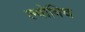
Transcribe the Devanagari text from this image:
ल्वोविच